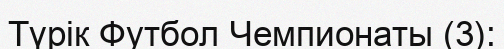
Түрік Футбол Чемпионаты (3):